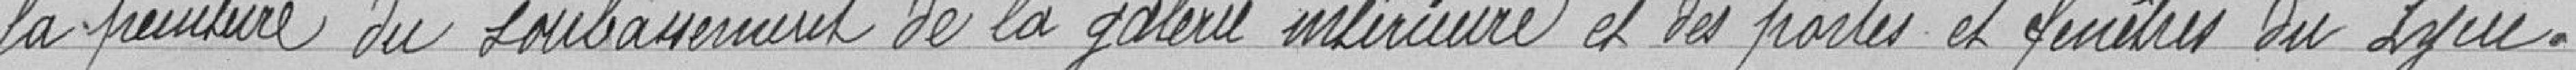
la peinture du soubassement de la galerie intérieure et les portes et fenêtres du lycée.